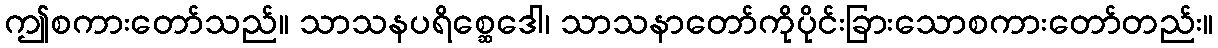
ဤစကားတော်သည်။ သာသနပရိစ္ဆေဒေါ၊ သာသနာတော်ကိုပိုင်းခြားသောစကားတော်တည်း။